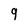
Character: 9